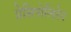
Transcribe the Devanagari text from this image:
प्रेसिपोलिटेन